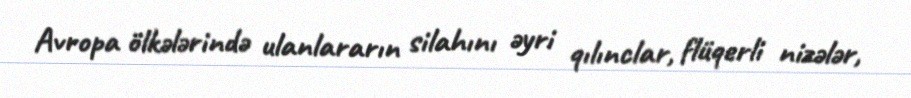
Avropa ölkələrində ulanlararın silahını əyri qılınclar, flüqerli nizələr,